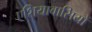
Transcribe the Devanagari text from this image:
एशियावासियों